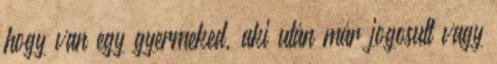
hogy van egy gyermeked, aki után már jogosult vagy